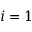
i = 1